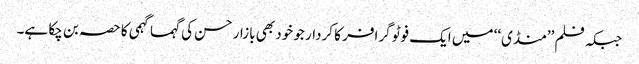
جبکہ فلم ’’منڈی‘‘ میں ایک فوٹو گرافر کا کردار جو خود بھی بازار حسن کی گہما گہمی کا حصہ بن چکا ہے۔